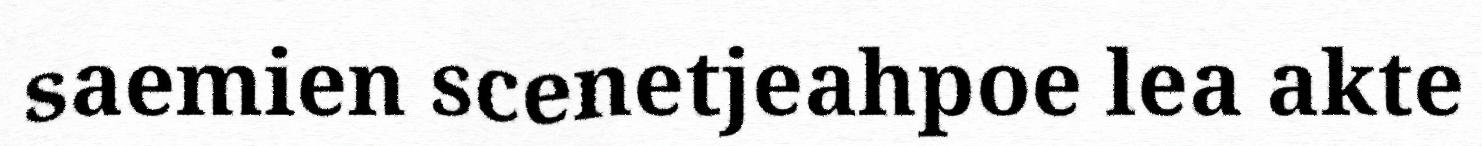
saemien scenetjeahpoe lea akte